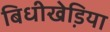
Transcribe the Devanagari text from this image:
बिधीखेडि़या